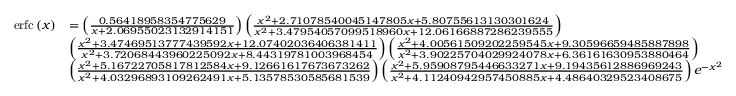
{ \begin{array} { r l } { \operatorname { e r f c } \left( x \right) } & { = \left( { \frac { 0 . 5 6 4 1 8 9 5 8 3 5 4 7 7 5 6 2 9 } { x + 2 . 0 6 9 5 5 0 2 3 1 3 2 9 1 4 1 5 1 } } \right) \left( { \frac { x ^ { 2 } + 2 . 7 1 0 7 8 5 4 0 0 4 5 1 4 7 8 0 5 x + 5 . 8 0 7 5 5 6 1 3 1 3 0 3 0 1 6 2 4 } { x ^ { 2 } + 3 . 4 7 9 5 4 0 5 7 0 9 9 5 1 8 9 6 0 x + 1 2 . 0 6 1 6 6 8 8 7 2 8 6 2 3 9 5 5 5 } } \right) } \\ & { \left( { \frac { x ^ { 2 } + 3 . 4 7 4 6 9 5 1 3 7 7 7 4 3 9 5 9 2 x + 1 2 . 0 7 4 0 2 0 3 6 4 0 6 3 8 1 4 1 1 } { x ^ { 2 } + 3 . 7 2 0 6 8 4 4 3 9 6 0 2 2 5 0 9 2 x + 8 . 4 4 3 1 9 7 8 1 0 0 3 9 6 8 4 5 4 } } \right) \left( { \frac { x ^ { 2 } + 4 . 0 0 5 6 1 5 0 9 2 0 2 2 5 9 5 4 5 x + 9 . 3 0 5 9 6 6 5 9 4 8 5 8 8 7 8 9 8 } { x ^ { 2 } + 3 . 9 0 2 2 5 7 0 4 0 2 9 9 2 4 0 7 8 x + 6 . 3 6 1 6 1 6 3 0 9 5 3 8 8 0 4 6 4 } } \right) } \\ & { \left( { \frac { x ^ { 2 } + 5 . 1 6 7 2 2 7 0 5 8 1 7 8 1 2 5 8 4 x + 9 . 1 2 6 6 1 6 1 7 6 7 3 6 7 3 2 6 2 } { x ^ { 2 } + 4 . 0 3 2 9 6 8 9 3 1 0 9 2 6 2 4 9 1 x + 5 . 1 3 5 7 8 5 3 0 5 8 5 6 8 1 5 3 9 } } \right) \left( { \frac { x ^ { 2 } + 5 . 9 5 9 0 8 7 9 5 4 4 6 6 3 3 2 7 1 x + 9 . 1 9 4 3 5 6 1 2 8 8 6 9 6 9 2 4 3 } { x ^ { 2 } + 4 . 1 1 2 4 0 9 4 2 9 5 7 4 5 0 8 8 5 x + 4 . 4 8 6 4 0 3 2 9 5 2 3 4 0 8 6 7 5 } } \right) e ^ { - x ^ { 2 } } } \end{array} }